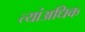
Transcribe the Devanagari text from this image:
त्यांअधिक